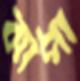
ঝাঁপা